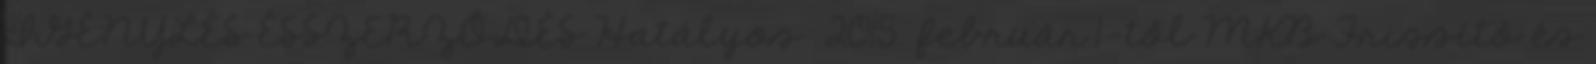
IGÉNYLÉS ÉSSZERZŐDÉS Hatályos: 2015. február 1-től MKB Frissítő és